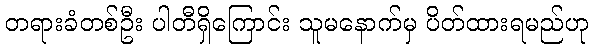
တရားခံတစ်ဦး ပါတီရှိကြောင်း သူမနောက်မှ ပိတ်ထားရမည်ဟု